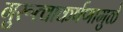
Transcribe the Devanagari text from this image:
गुरूत्वाकर्षणामुळे